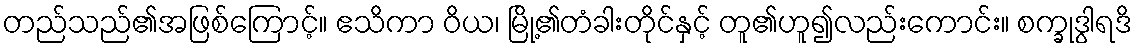
တည်သည်၏အဖြစ်ကြောင့်။ ဧသိကာ ဝိယ၊ မြို့၏တံခါးတိုင်နှင့် တူ၏ဟူ၍လည်းကောင်း။ စက္ခုဒွါရဒိ